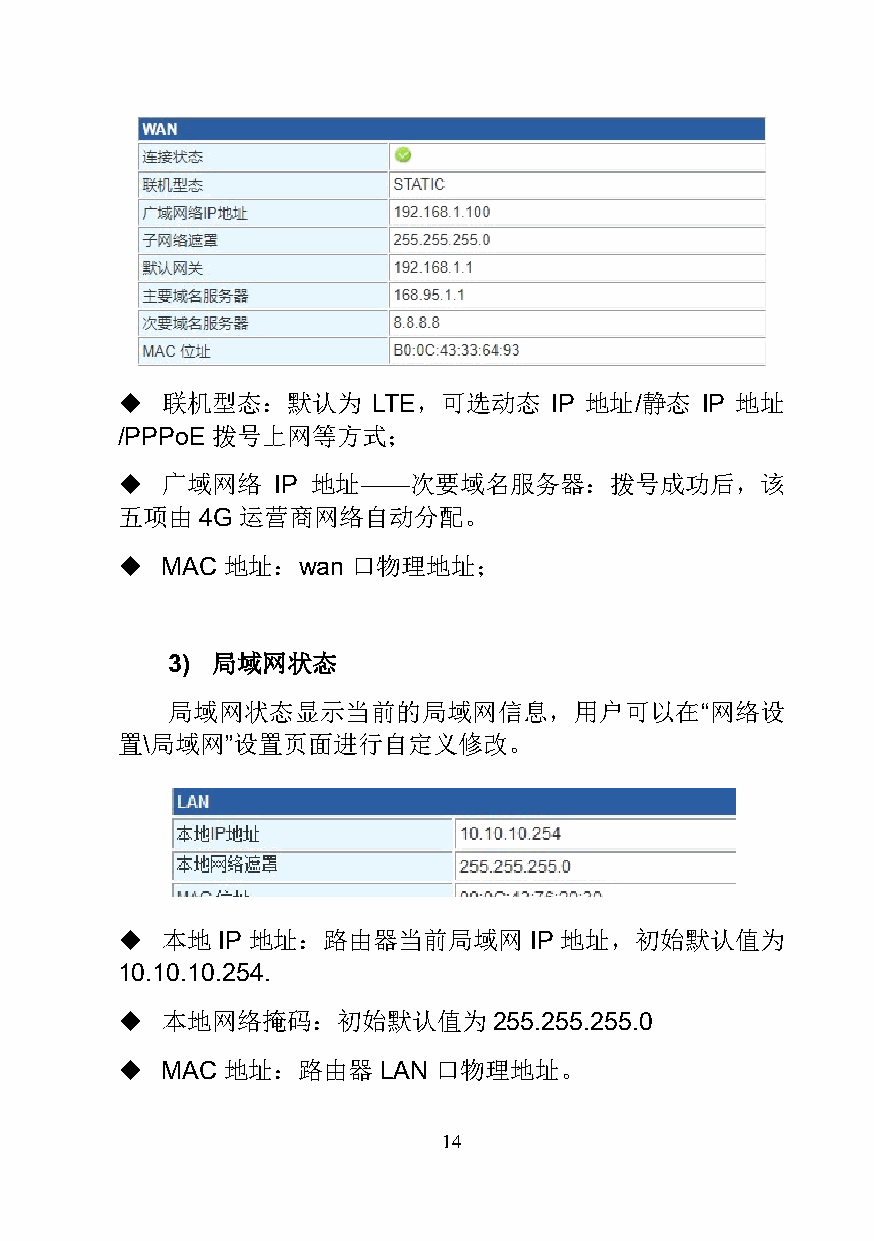
  联机型态：默认为      LTE，可选动态   IP 地址/静态  IP 地址
 /PPPoE 拨号上网等方式；
   广域网络   IP 地址——次要域名服务器：拨号成功后，该
 五项由  4G 运营商网络自动分配。
   MAC地址：wan   口物理地址；
 3) 局域网状态
 局域网状态显示当前的局域网信息，用户可以在“网络设
 置\局域网”设置页面进行自定义修改。
   本地 IP 地址：路由器当前局域网       IP 地址，初始默认值为
 10.10.10.254.
   本地网络掩码：初始默认值为         255.255.255.0
   MAC地址：路由器     LAN 口物理地址。
 14